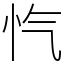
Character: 忾